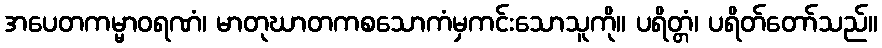
အပေတကမ္မာဝရဏံ၊ မာတုဃာတကစသောကံမှကင်းသောသူကို။ ပရိတ္တံ၊ ပရိတ်တော်သည်။